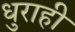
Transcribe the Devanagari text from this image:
धुराही